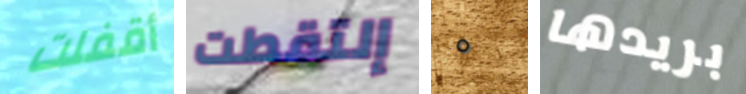
أقفلت إلتقطت ٥ بريدها